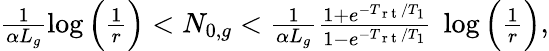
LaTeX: \begin{array}{r}{\frac{1}{\alpha L_{g}}\log\Big(\frac{1}{r}\Big)<N_{0,g}<\frac{1}{\alpha L_{g}}\frac{1+e^{-T_{\mathrm{~r~t~}}/T_{1}}}{1-e^{-T_{\mathrm{~r~t~}}/T_{1}}}\ \log\Big(\frac{1}{r}\Big),}\end{array}